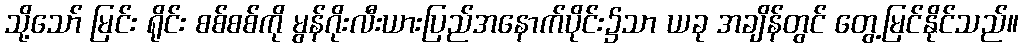
သို့သော် မြင်း ရိုင်း စစ်စစ်ကို မွန်ဂိုးလီးယားပြည်အနောက်ပိုင်း၌သာ ယခု အချိန်တွင် တွေ့မြင်နိုင်သည်။